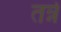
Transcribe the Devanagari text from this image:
तन्ने